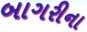
બાગરીના